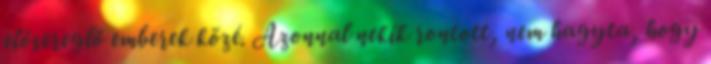
elősereglő emberek közé. Azonnal nekik rontott, nem hagyta, hogy